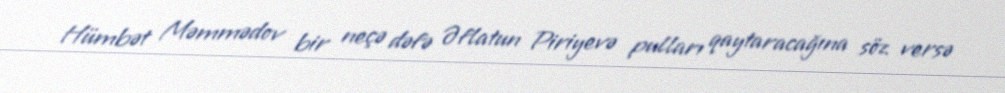
Hümbət Məmmədov bir neçə dəfə Əflatun Piriyevə pulları qaytaracağına söz versə